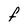
Character: F